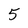
Character: 5